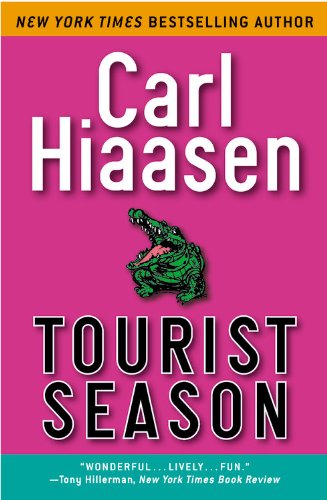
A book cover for Tourist Season; Carl Hiaasen; Literature & Fiction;